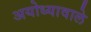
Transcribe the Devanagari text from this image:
अयोध्यावाले